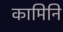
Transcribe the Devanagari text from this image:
कामिनि